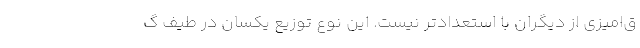
ق‌امیزی از دیگران با استعدادتر نیست. این نوع توزیع یکسان در طیف گ